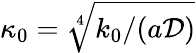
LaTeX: \kappa_{0}=\sqrt[4]{k_{0}/(a\mathcal{D})}